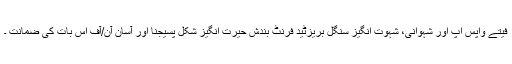
فیتے واپس اپ اور شہوانی، شہوت انگیز سنگل بریزٹید فرنٹ بندش حیرت انگیز شکل پسیجنا اور آسان آن/آف اس بات کی ضمانت ۔